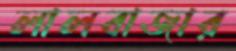
লালবাজার